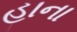
હાના